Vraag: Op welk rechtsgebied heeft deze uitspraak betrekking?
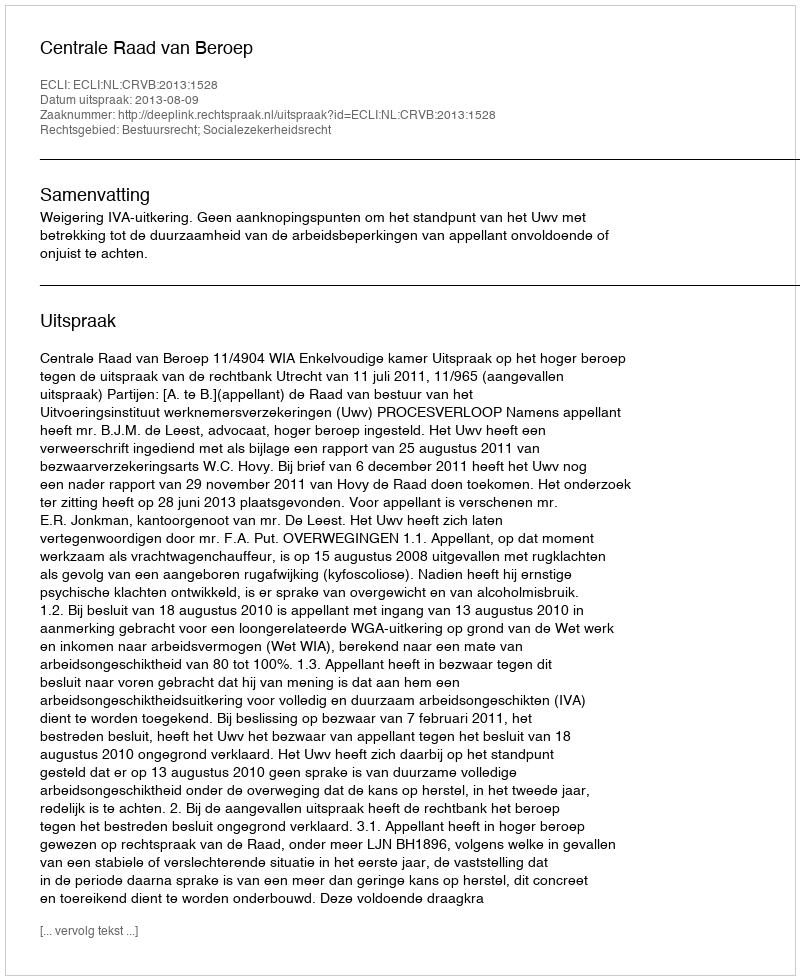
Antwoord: Bestuursrecht; Socialezekerheidsrecht